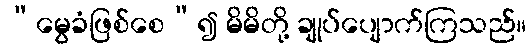
“မွေခံဖြစ်စေ”၍ မိမိတို့ ချုပ်ပျောက်ကြသည်။